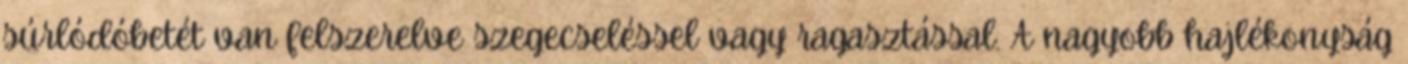
súrlódóbetét van felszerelve szegecseléssel vagy ragasztással. A nagyobb hajlékonyság